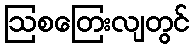
ဩစတြေးလျတွင်